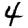
Digit: 4